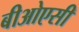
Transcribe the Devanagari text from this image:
बीओएसी